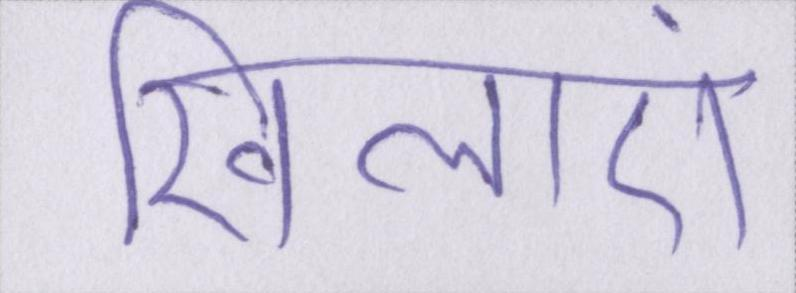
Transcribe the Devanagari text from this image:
खिलाएं